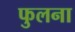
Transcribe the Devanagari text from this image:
फुलना